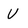
Character: U